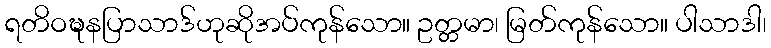
ရတိဝဍ္ဎနပြာသာဒ်ဟုဆိုအပ်ကုန်သော။ ဥတ္တမာ၊ မြတ်ကုန်သော။ ပါသာဒါ၊